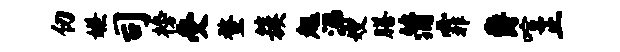
仞嫌司榜受蝥簇趄涕嫂膳蒲霏爵喧正